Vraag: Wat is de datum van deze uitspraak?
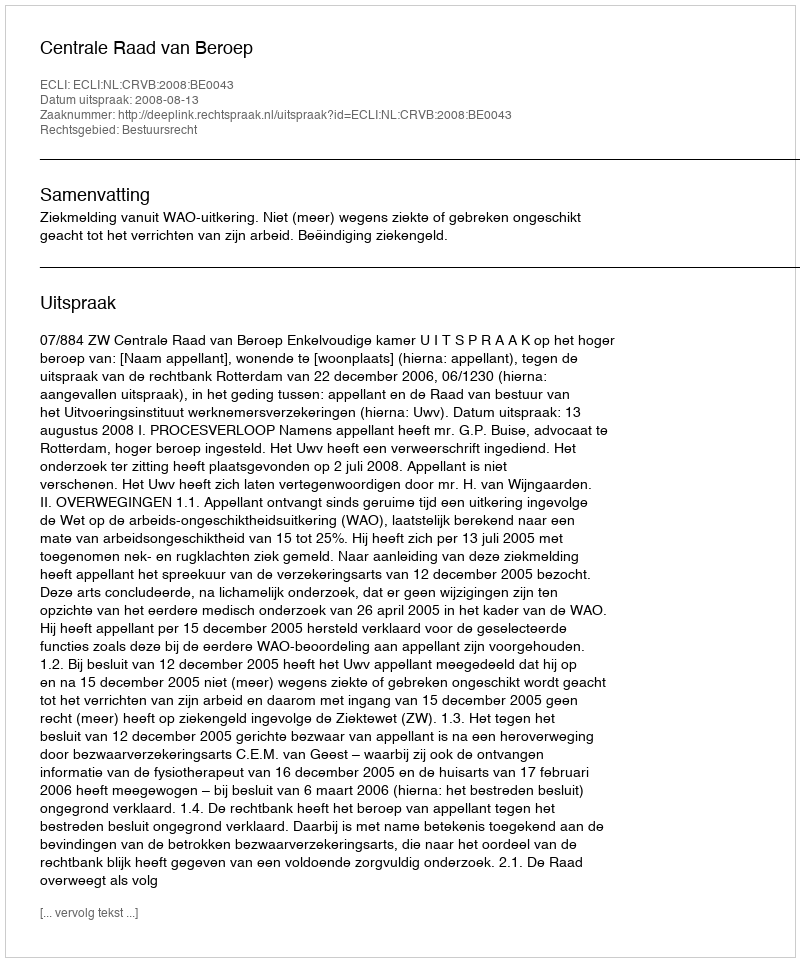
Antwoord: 2008-08-13